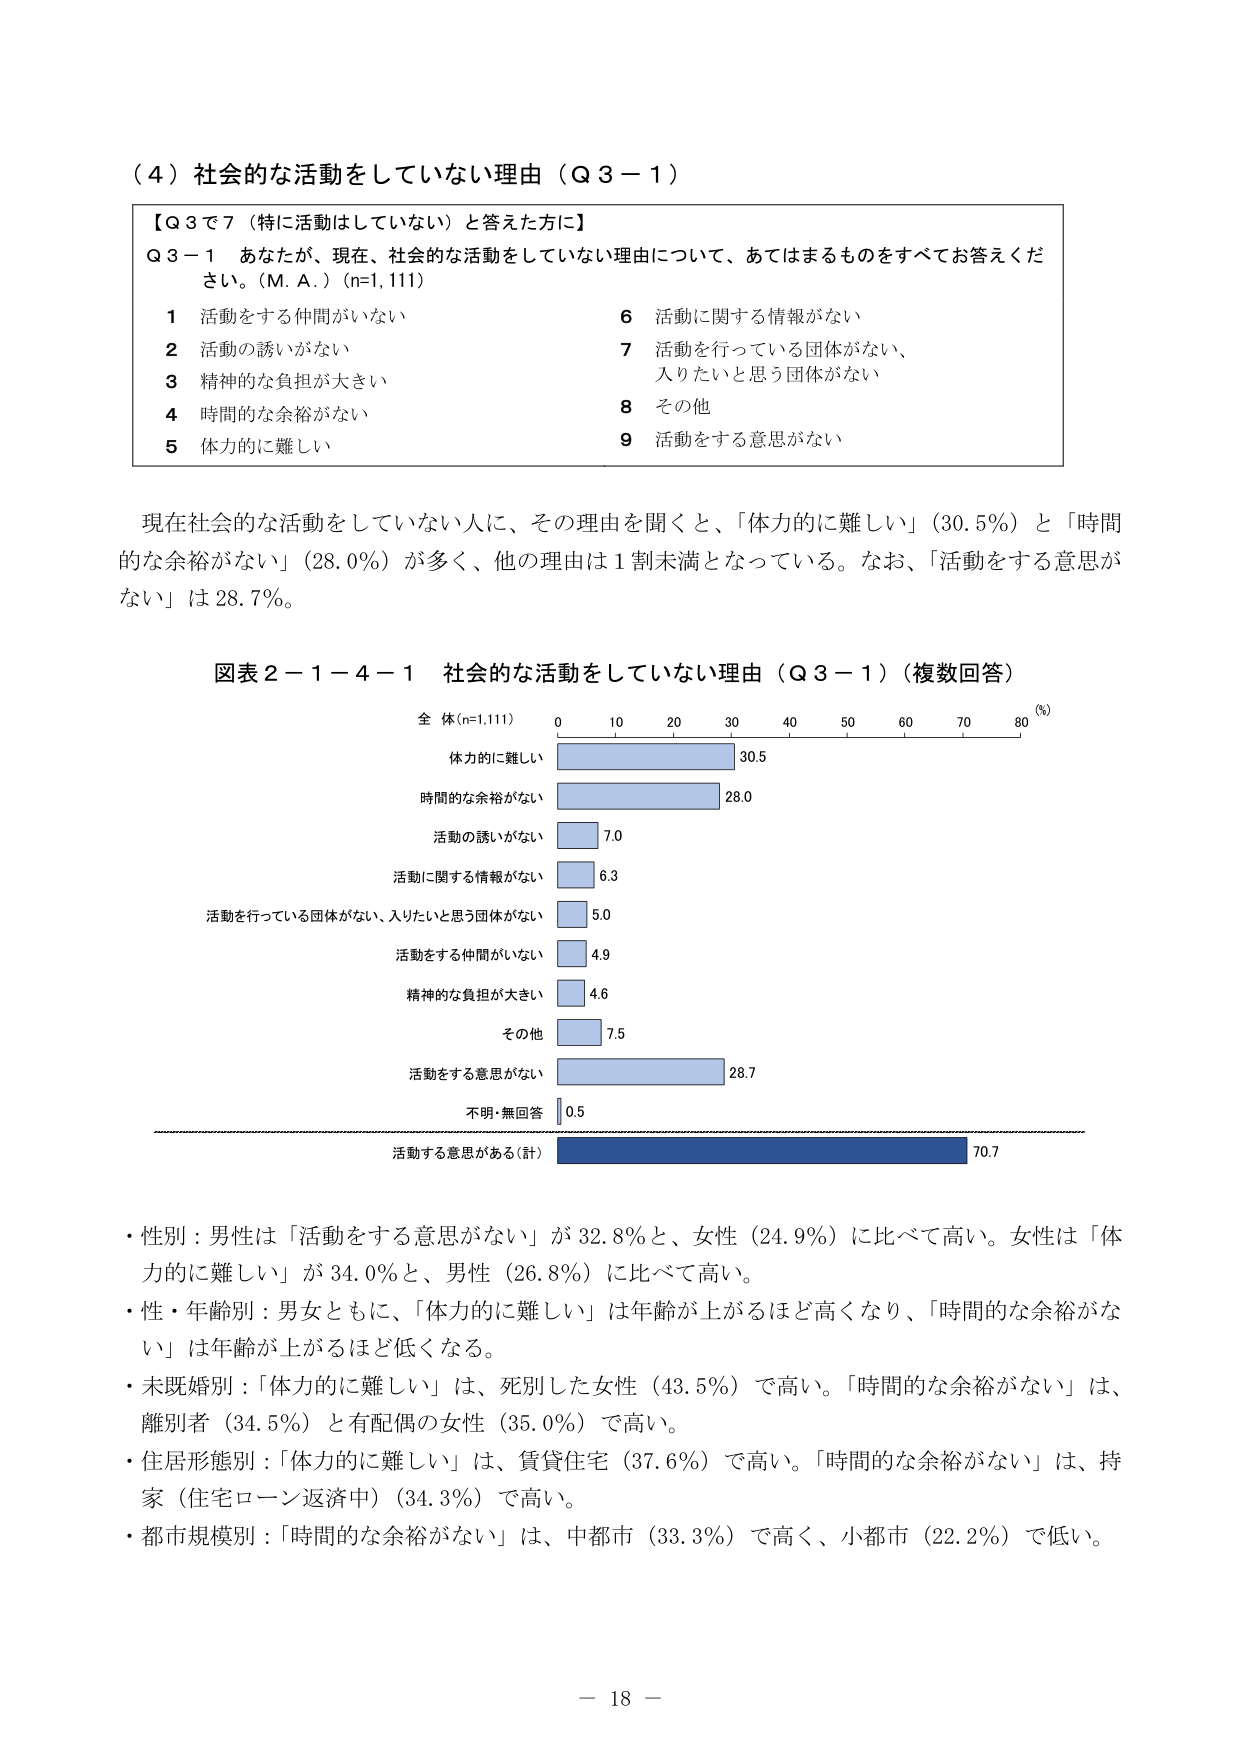
（４）社会的な活動をしていない理由（Ｑ３－１）

【Ｑ３で７（特に活動はしていない）と答えた方に】
Ｑ３－１　あなたが、現在、社会的な活動をしていない理由について、あてはまるものをすべてお答えください。（Ｍ．Ａ．）（n=1,111）

１　活動をする仲間がいない　　　　　　　　　　　６　活動に関する情報がない
２　活動の誘いがない　　　　　　　　　　　　　　７　活動を行っている団体がない、
　　　　　　　　　　　　　　　　　　　　　　　　入りたいと思う団体がない
３　精神的な負担が大きい　　　　　　　　　　　　８　その他
４　時間的な余裕がない　　　　　　　　　　　　　９　活動をする意思がない
５　体力的に難しい

現在社会的な活動をしていない人に、その理由を聞くと、「体力的に難しい」（30.5％）と「時間的な余裕がない」（28.0％）が多く、他の理由は１割未満となっている。なお、「活動をする意思がない」は28.7％。

図表２－１－４－１　社会的な活動をしていない理由（Ｑ３－１）（複数回答）

全 体（n=1,111）